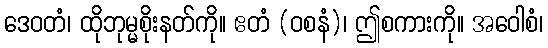
ဒေဝတံ၊ ထိုဘုမ္မစိုးနတ်ကို။ ဧတံ (ဝစနံ)၊ ဤစကားကို။ အဝေါစံ၊